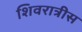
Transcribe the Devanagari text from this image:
शिवरात्रीस